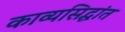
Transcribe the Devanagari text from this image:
काव्यसिद्धांत